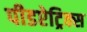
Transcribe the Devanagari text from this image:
पीडऐट्रिक्स